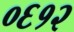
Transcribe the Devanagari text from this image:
०६१२